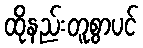
ထိုနည်းတူစွာပင်